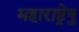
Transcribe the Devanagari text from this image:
महाराष्ट्रेषु